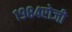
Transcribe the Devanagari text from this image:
१९८४रोजी